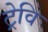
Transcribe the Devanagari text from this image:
ट्रेवि